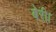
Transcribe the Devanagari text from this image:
बेरी।